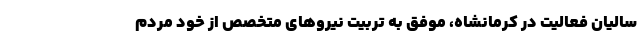
سالیان فعالیت در کرمانشاه، موفق به تربیت نیرو‌های متخصص از خود مردم